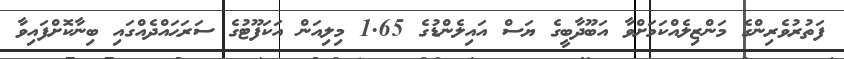
ފަތުރުވެރިންގެ މަންޒިލެއްކަމަށްވާ އަބޫދާބީގެ ޔަސް އައިލެންޑުގެ 1.65 މިލިއަން އަކަފޫޓުގެ ސަރަޙައްދެއްގައި ބިނާކޮށްފައިވާ